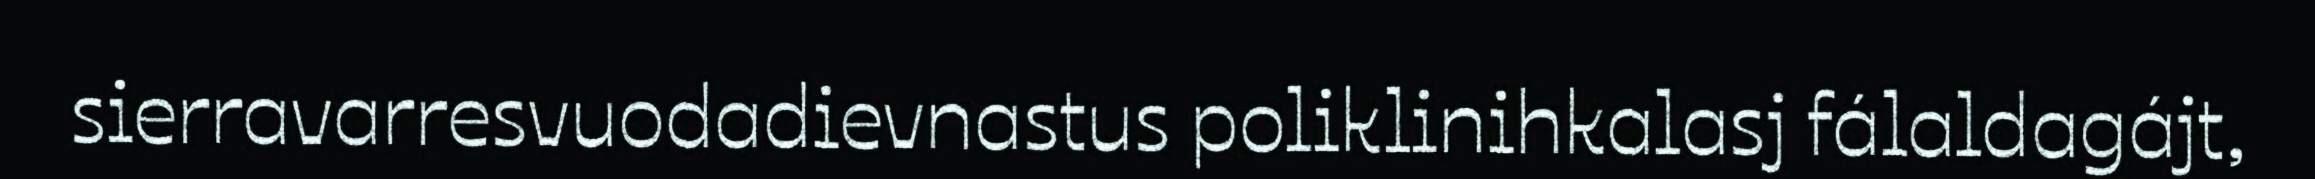
sierravarresvuodadievnastus poliklinihkalasj fálaldagájt,